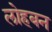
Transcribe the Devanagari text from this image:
लोहबन